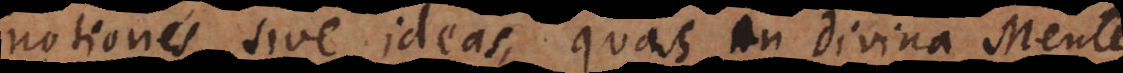
notiones sive ideas, quas in Divina Mente